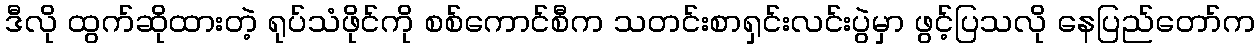
ဒီလို ထွက်ဆိုထားတဲ့ ရုပ်သံဖိုင်ကို စစ်ကောင်စီက သတင်းစာရှင်းလင်းပွဲမှာ ဖွင့်ပြသလို နေပြည်တော်က